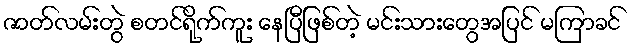
ဇာတ်လမ်းတွဲ စတင်ရိုက်ကူး နေပြီဖြစ်တဲ့ မင်းသားတွေအပြင် မကြာခင်